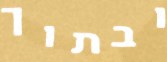
ובתוך